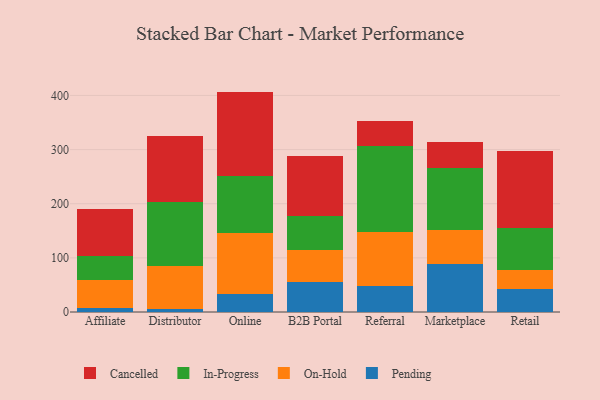
{"axis": {"x": "Channel", "y": "Demand Index"}, "legend": ["Cancelled", "In-Progress", "On-Hold", "Pending"], "data": [{"x": "Affiliate", "y": 7.7, "type": "Pending"}, {"x": "Affiliate", "y": 51.8, "type": "On-Hold"}, {"x": "Affiliate", "y": 44.3, "type": "In-Progress"}, {"x": "Affiliate", "y": 86.9, "type": "Cancelled"}, {"x": "Distributor", "y": 6.1, "type": "Pending"}, {"x": "Distributor", "y": 79.5, "type": "On-Hold"}, {"x": "Distributor", "y": 118.2, "type": "In-Progress"}, {"x": "Distributor", "y": 121.7, "type": "Cancelled"}, {"x": "Online", "y": 33.8, "type": "Pending"}, {"x": "Online", "y": 112.2, "type": "On-Hold"}, {"x": "Online", "y": 105.1, "type": "In-Progress"}, {"x": "Online", "y": 156.0, "type": "Cancelled"}, {"x": "B2B Portal", "y": 55.1, "type": "Pending"}, {"x": "B2B Portal", "y": 59.7, "type": "On-Hold"}, {"x": "B2B Portal", "y": 62.9, "type": "In-Progress"}, {"x": "B2B Portal", "y": 110.7, "type": "Cancelled"}, {"x": "Referral", "y": 48.2, "type": "Pending"}, {"x": "Referral", "y": 100.0, "type": "On-Hold"}, {"x": "Referral", "y": 158.7, "type": "In-Progress"}, {"x": "Referral", "y": 46.1, "type": "Cancelled"}, {"x": "Marketplace", "y": 88.0, "type": "Pending"}, {"x": "Marketplace", "y": 63.5, "type": "On-Hold"}, {"x": "Marketplace", "y": 114.1, "type": "In-Progress"}, {"x": "Marketplace", "y": 48.9, "type": "Cancelled"}, {"x": "Retail", "y": 42.7, "type": "Pending"}, {"x": "Retail", "y": 35.8, "type": "On-Hold"}, {"x": "Retail", "y": 77.2, "type": "In-Progress"}, {"x": "Retail", "y": 142.6, "type": "Cancelled"}]}